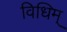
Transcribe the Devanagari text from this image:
विधिम्